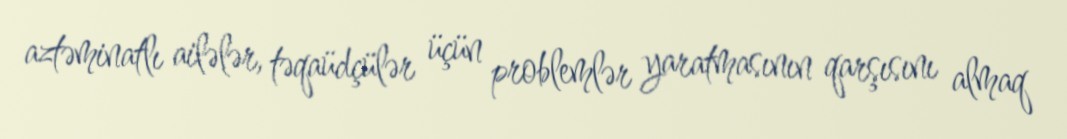
aztəminatlı ailələr, təqaüdçülər üçün problemlər yaratmasının qarşısını almaq